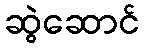
ဆွဲဆောင်